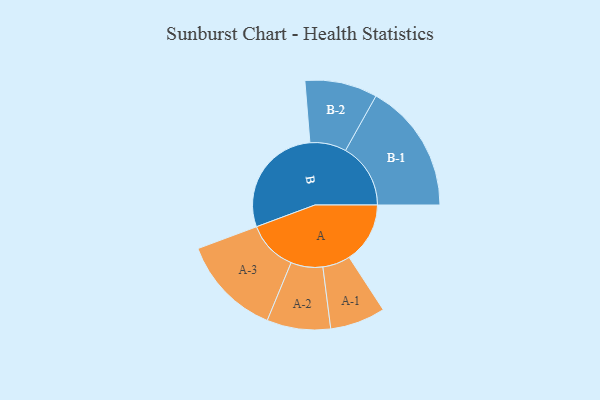
{"axis": {"x": "Segment", "y": "Value"}, "legend": ["", "A", "B"], "data": [{"x": "A", "y": 262, "type": ""}, {"x": "B", "y": 487, "type": ""}, {"x": "A-1", "y": 119, "type": "A"}, {"x": "A-2", "y": 137, "type": "A"}, {"x": "A-3", "y": 217, "type": "A"}, {"x": "B-1", "y": 280, "type": "B"}, {"x": "B-2", "y": 156, "type": "B"}]}